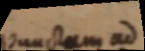
punctam ad